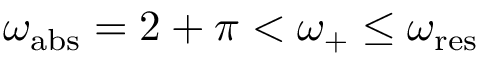
\omega _ { \mathrm { a b s } } = 2 + \pi < \omega _ { + } \leq \omega _ { \mathrm { r e s } }